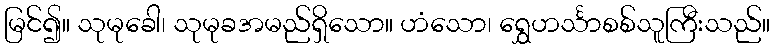
မြင်၍။ သုမုခေါ၊ သုမုခအမည်ရှိသော။ ဟံသော၊ ရွှေဟင်္သာစစ်သူကြီးသည်။